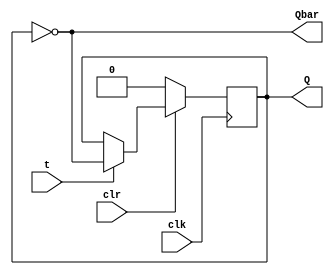
////////////////////////////////////////////////////////////////////////
//
// Design Name:        T Flipflop
// Designer:               Swagatika Meher
// Module Name:        swagatika_T_FF
//
///////////////////////////////////////////////////////////////////////


module swagatika_T_FF(t,clk,clr,Q,Qbar);
	input clk,clr,t;
	output reg Q;
	output Qbar;
	
	always @(posedge clk) 
	begin
		if (!clr)
			Q<=0;
		else 
			if (t)
				 Q<=~Q;
			else
                                                                                                            Q<=Q;
	end
                           assign Qbar = ~Q;
endmodule